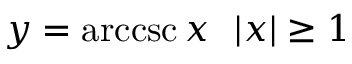
y = \operatorname { a r c c s c } x \ \ | x | \geq 1